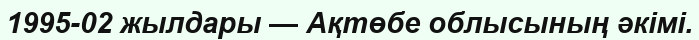
1995-02 жылдары — Ақтөбе облысының әкімі.